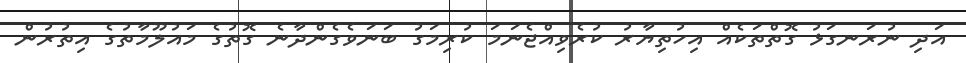
އަދި ނުރަނގަޅު ގޮތްތަކެއް އިހުތިޔާރު ކުރެވިއްޖެނަމަ ކުރިމަގު ބަނަވެގެންދާނެ ގޮތުގެ މައުލޫމާތުގެ އިތުރުން